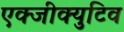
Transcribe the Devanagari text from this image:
एक्जीक्युटिव